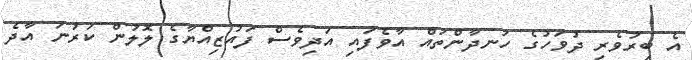
އެ ބިރުވެރި ދުވަހުގެ ހަނދާންތައް އާވެފައި އަދިވެސް ފައުޒިއްޔާގެ ލޮލުން ކަރުނަ އާދެ